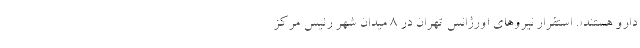
دارو هستند». استقرار نیروهای اورژانس تهران در ۸ میدان شهر رئیس مرکز